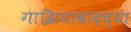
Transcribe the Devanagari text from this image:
गाझियाबादच्या